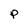
Character: P